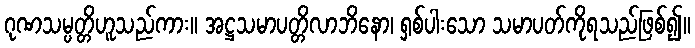
ဂုဏသမ္ပတ္တိဟူသည်ကား။ အဋ္ဌသမာပတ္တိလာဘိနော၊ ရှစ်ပါးသော သမာပတ်ကိုရသည်ဖြစ်၍။